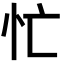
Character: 忙